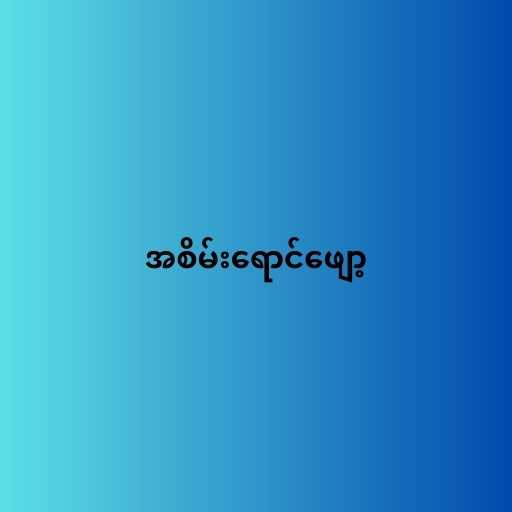
အစိမ်းရောင်ဖျော့